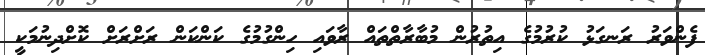
ފެންވަރު ރަނގަޅު ކުރުމުގެ އިތުރުން މުބާރާތްތައް ރާވައި ހިންގުމުގެ ކަންކަން ރަށްރަށް ކޮށްދިނުމަކީ